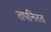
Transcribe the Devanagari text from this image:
तपनिरत